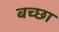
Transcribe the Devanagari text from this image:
बच्छा